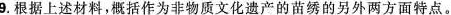
9根据上述材料，概括作为非物质文化遗产的苗绣的另外两方面特点。